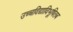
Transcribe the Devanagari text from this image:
उच्चविद्याविभूषितब